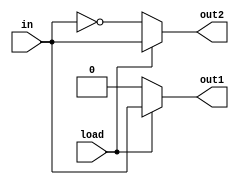
// This program was cloned from: https://github.com/steveicarus/ivtest
// License: GNU General Public License v2.0


module test(input wire load, in,
	    output reg out1, out2);

   (* ivl_combinational *)
   always @* begin
      out1 = 0;
      if (load) begin
	 out1 = in;
	 out2 = in;
      end else begin
	 out2 = ~in;
      end
   end

endmodule // test

module test_bench;

   reg load;
   reg val;
   wire out1, out2;

   test DUT(.load(load), .in(val), .out1(out1), .out2(out2));

   (* ivl_synthesis_off *)
   initial begin
      val = 0;
      load = 1;
      #1 ;
      if (out1 !== 0 || out2 !== 0) begin
	 $display("FAILED -- load=%b, val=%b, out1=%b, out2=%b", load, val, out1, out2);
	 $finish;
      end

      val = 1;
      #1 ;
      if (out1 !== 1 || out2 !== 1) begin
	 $display("FAILED -- load=%b, val=%b, out1=%b, out2=%b", load, val, out1, out2);
	 $finish;
      end

      load = 0;
      #1 ;
      if (out1 !== 0 || out2 !== 0) begin
	 $display("FAILED -- load=%b, val=%b, out1=%b, out2=%b", load, val, out1, out2);
	 $finish;
      end

      val = 0;
      #1 ;
      if (out1 !== 0 || out2 !== 1) begin
	 $display("FAILED -- load=%b, val=%b, out1=%b, out2=%b", load, val, out1, out2);
	 $finish;
      end

      $display("PASSED");
   end // initial begin

endmodule // test_bench